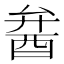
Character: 𨠢